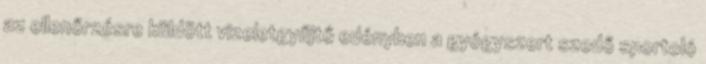
az ellenőrzésre küldött vizeletgyűjtő edényben a gyógyszert szedő sportoló